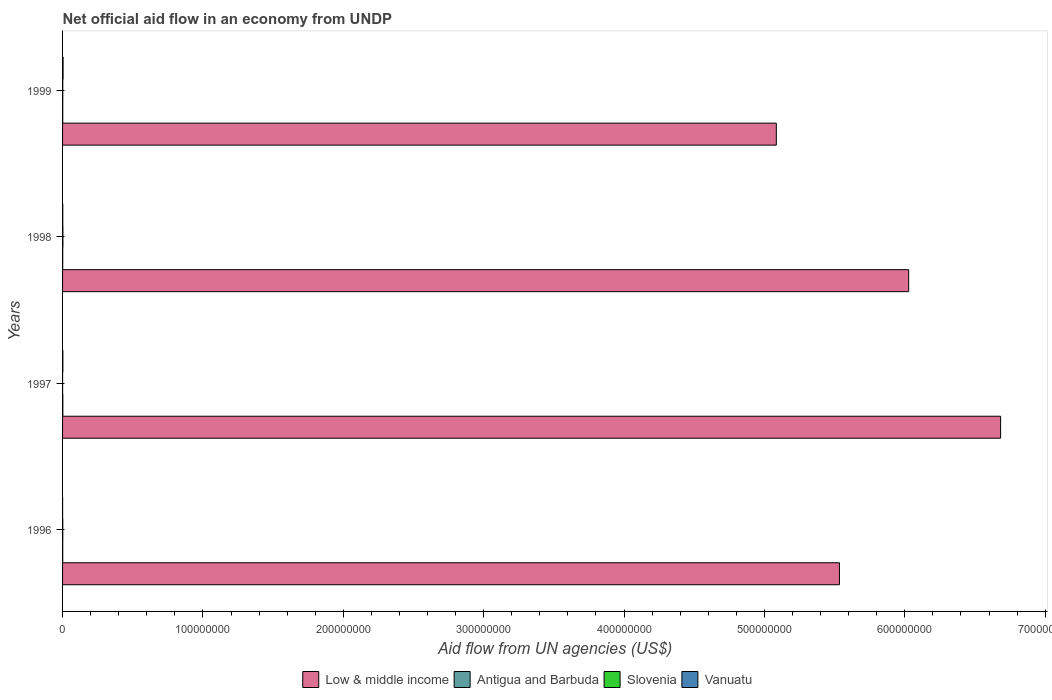
| Years | Low & middle income | Antigua and Barbuda | Slovenia | Vanuatu |
 | --- | --- | --- | --- | --- |
 | 1996 | 5.53e+08 | 1e+05 | 1.5e+05 | 2e+04 |
 | 1997 | 6.68e+08 | 1.9e+05 | 1e+04 | 2.1e+05 |
 | 1998 | 6.03e+08 | 1e+05 | 2.3e+05 | 1.4e+05 |
 | 1999 | 5.08e+08 | 1.2e+05 | 1.4e+05 | 3.7e+05 |